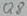
Text: Q8